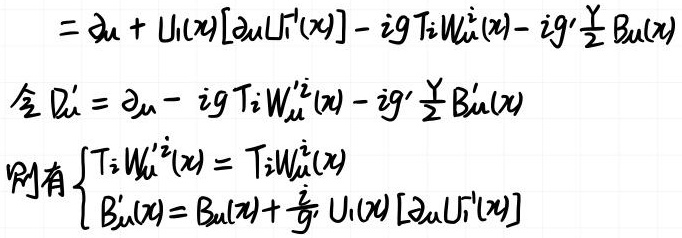
\[
\begin{align*}
&= \partial_{\mu} + U_1(x)[\partial_{\mu} U_1^{-1}(x)] - ig T_i W_{\mu}^i(x) - ig' \frac{Y}{2} B_{\mu}(x) \\
\text{令 } D_{\mu}'&= \partial_{\mu} - ig T_i W_{\mu}'^i(x) - ig' \frac{Y}{2} B_{\mu}'(x) \\
\text{则有 } &\begin{cases}
T_i W_{\mu}'^i(x) = T_i W_{\mu}^i(x) \\
B_{\mu}'(x) = B_{\mu}(x) + \frac{i}{g'} U_1(x) [\partial_{\mu} U_1^{-1}(x)]
\end{cases}
\end{align*}
\]